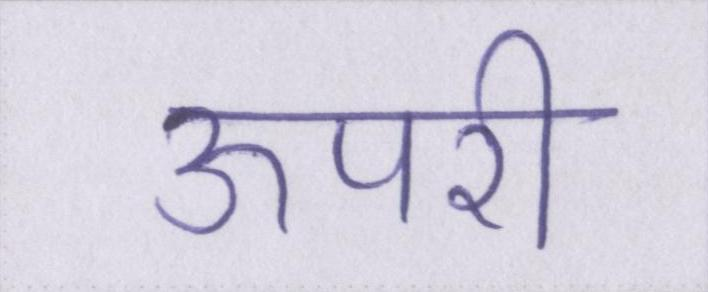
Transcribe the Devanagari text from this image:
ऊपरी